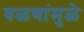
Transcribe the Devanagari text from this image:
वळणांमुळे